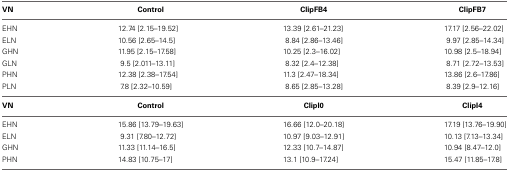
| VN | Control | ClipFB4 | ClipFB7 |
 | --- | --- | --- | --- |
 | EHN | 12.74 [2.15–19.52] | 13.39 [2.61–21.23] | 17.17 [2.56–22.02] |
 | ELN | 10.56 [2.65–14.5] | 8.84 [2.86–13.46] | 9.97 [2.85–14.34] |
 | GHN | 11.95 [2.15–17.58] | 10.25 [2.3–16.02] | 10.98 [2.5–18.94] |
 | GLN | 9.5 [2.011–13.11] | 8.32 [2.4–12.38] | 8.71 [2.72–13.53] |
 | PHN | 12.38 [2.38–17.54] | 11.3 [2.47–18.34] | 13.86 [2.6–17.86] |
 | PLN | 7.8 [2.32–10.59] | 8.65 [2.85–13.28] | 8.39 [2.9–12.16] |
 | VN | Control | ClipI0 | ClipI4 |
 | EHN | 15.86 [13.79–19.63] | 16.66 [12.0–20.18] | 17.19 [13.76–19.90] |
 | ELN | 9.31 [7.80–12.72] | 10.97 [9.03–12.91] | 10.13 [7.13–13.34] |
 | GHN | 11.33 [11.14–16.5] | 12.33 [10.7–14.87] | 10.94 [8.47–12.0] |
 | PHN | 14.83 [10.75–17] | 13.1 [10.9–17.24] | 15.47 [11.85–17.8] |